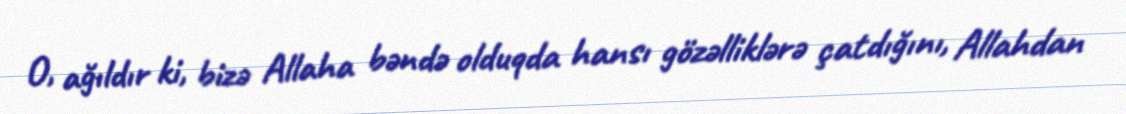
O, ağıldır ki, bizə Allaha bəndə olduqda hansı gözəlliklərə çatdığını, Allahdan